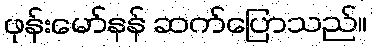
ဖုန်းမော်နန် ဆက်ပြောသည်။